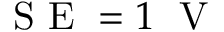
\mathrm { ~ S ~ E ~ } = 1 \; \mathrm { ~ V ~ }